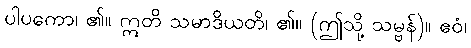
ပါပကော၊ ၏။ ဣတိ သမာဒိယတိ၊ ၏။ (ဤသို့ သမ္ဗန်)။ ဧဝံ၊